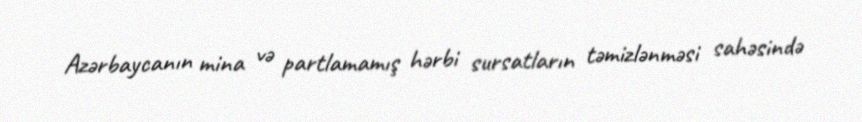
Azərbaycanın mina və partlamamış hərbi sursatların təmizlənməsi sahəsində